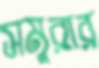
সমুরার